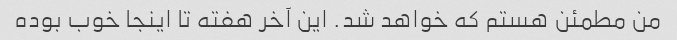
من مطمئن هستم که خواهد شد. این آخر هفته تا اینجا خوب بوده